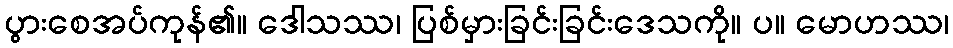
ပွားစေအပ်ကုန်၏။ ဒေါသဿ၊ ပြစ်မှားခြင်းခြင်းဒေသကို။ ပ။ မောဟဿ၊